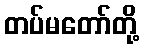
တပ်မတော်တို့